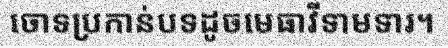
ចោទប្រកាន់បទដូចមេធាវីទាមទារ។